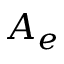
A _ { e }